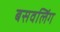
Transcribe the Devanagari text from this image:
बसवलिंग